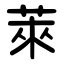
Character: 萊